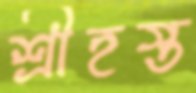
শ্রীহস্ত